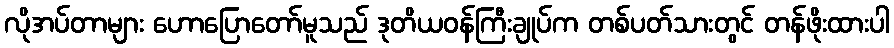
လိုအပ်တာများ ဟောပြောတော်မူသည် ဒုတိယဝန်ကြီးချုပ်က တစ်ပတ်သားတွင် တန်ဖိုးထားပါ